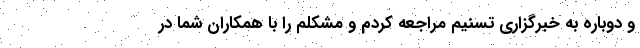
و دوباره به خبرگزاری تسنیم مراجعه کردم و مشکلم را با همکاران شما در